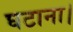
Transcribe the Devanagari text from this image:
घटाना।